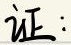
证：